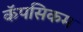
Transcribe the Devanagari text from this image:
कॅपसिकम